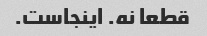
قطعا نه. اینجاست.